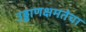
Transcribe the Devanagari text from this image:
उड्डाणक्षमतेचा